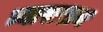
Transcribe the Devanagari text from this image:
व्यासराय